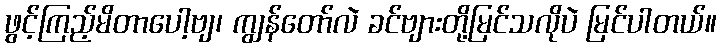
ဖွင့်ကြည့်မိတာပေါ့ဗျ၊ ကျွန်တော်လဲ ခင်ဗျားတို့မြင်သလိုပဲ မြင်ပါတယ်။